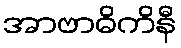
အာဗာဓိကိနီ